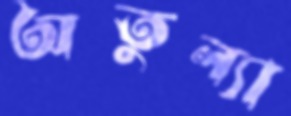
অতুল্যা